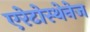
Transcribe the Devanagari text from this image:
एरेटोस्थेनेज